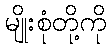
မျိုးစုံတို့ကို